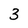
Character: 3